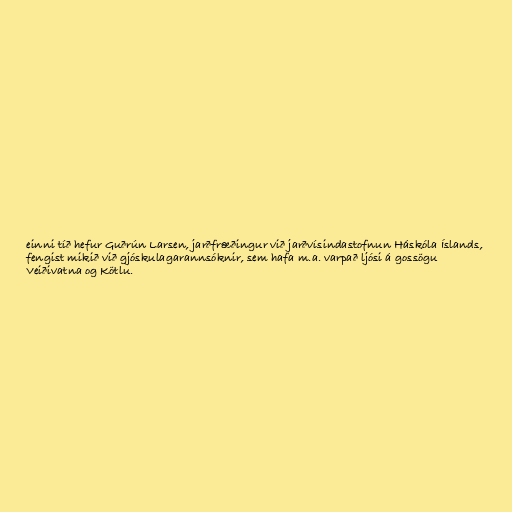
einni tíð hefur Guðrún Larsen, jarðfræðingur við jarðvísindastofnun Háskóla Íslands,
fengist mikið við gjóskulagarannsóknir, sem hafa m.a. varpað ljósi á gossögu
Veiðivatna og Kötlu.